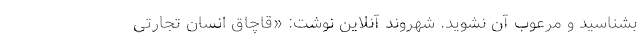
بشناسید و مرعوب آن نشوید. شهروند آنلاین نوشت: «قاچاق انسان تجارتی